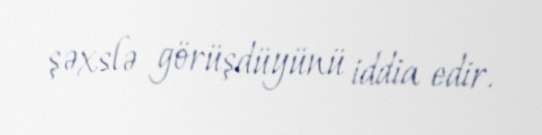
şəxslə görüşdüyünü iddia edir.